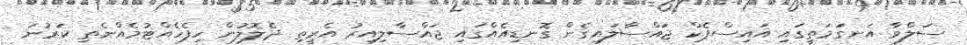
ސަލްވާ އަނގަމަތީގައި އައިސްޕެކް ޖައްސާލައިގެން ގޮނޑިއެއްގައި ޖައްސާލިއިރު އެރީތި ދެލޮލުން ހިފެހެއްޓުމެއްނެތި ކަރުނަ